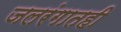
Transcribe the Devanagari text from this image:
जलरंगातही